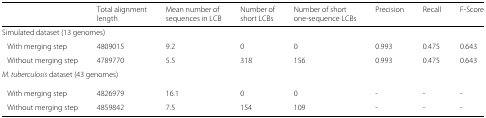
|  | Total alignment | Mean number of | Number of | Number of short | Precision | Recall | F-Score |
 |  | length | sequences in LCB | short LCBs | one-sequence LCBs |  |  |  |
 | --- | --- | --- | --- | --- | --- | --- | --- |
 | <COLSPAN=8> Simulated dataset (13 genomes) |
 | With merging step | 4809015 | 9.2 | 0 | 0 | 0.993 | 0.475 | 0.643 |
 | Without merging step | 4789770 | 5.5 | 318 | 156 | 0.993 | 0.475 | 0.643 |
 | <COLSPAN=8> M. tuberculosis dataset (43 genomes) |
 | With merging step | 4826979 | 16.1 | 0 | 0 | - | - | - |
 | Without merging step | 4859842 | 7.5 | 154 | 109 | - | - | - |